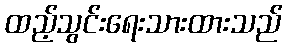
ထည့်သွင်းရေးသားထားသည်